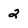
Character: 2